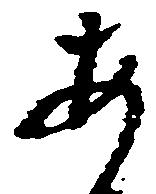
あ